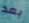
بعد